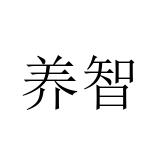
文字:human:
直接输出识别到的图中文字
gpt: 养智